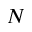
N